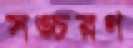
সঙ্চরণ